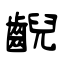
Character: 齯